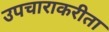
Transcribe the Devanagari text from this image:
उपचाराकरीता